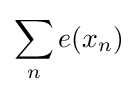
\sum _{n}e(x_{n})